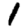
Digit: 1